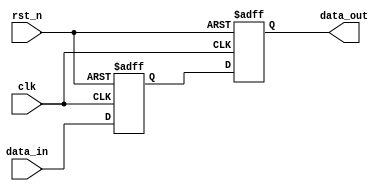
// SPDX-License-Identifier: Apache-2.0
// Copyright (C) 2019 Intel Corporation. 
//****************************************************************************************
// (C) 2009 Altera Corporation. .
//
//****************************************************************************************

//------------------------------------------------------------------------
// Revision:    $Revision: #1 $
//------------------------------------------------------------------------
// Description:
//
//------------------------------------------------------------------------
module cdclib_sync2_set_type_w_gate
    (
    input  wire              clk,     // clock
    input  wire              rst_n,   // async reset
    input  wire 	     data_in, // data in
    output wire 	     data_out // data out
     );


   reg		data_in_sync;
   reg		data_in_sync2;
   
   always @(negedge rst_n or posedge clk) begin
      if (rst_n == 1'b0) begin
        data_in_sync <= 	1'b1;
        data_in_sync2 <= 	1'b1;
      end
      else begin
        data_in_sync <= 	data_in;
        data_in_sync2 <= 	data_in_sync;
      end
   end    
     
   assign data_out = data_in_sync2;

endmodule // cdclib_sync2_set_type_w_gate